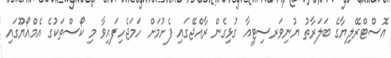
އޮސްޓްރޭލިޔާގެ ބަލަރާތު ޔުނިވަރސިޓީއާ ގުޅިގެން ރާއްޖޭގައި ފެށުމަށް ހަމަޖެހިފައިވާ މި ކޯސްތަކުގެ އެމްއޯޔޫގައި